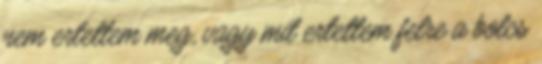
nem ertettem meg, vagy mit ertettem felre a bolcs